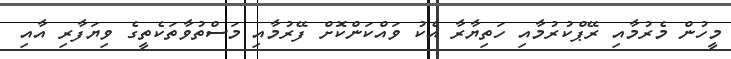
މީހުން މެރުމާއި ރޭޕްކުރުމާއި ހަތިޔާރާ އެކު ވައްކަންކޮށް ފޭރުމާއި މަސްތުވާތަކެތީގެ ވިޔަފާރި އާއި